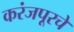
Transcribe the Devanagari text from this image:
करंजपूरचे